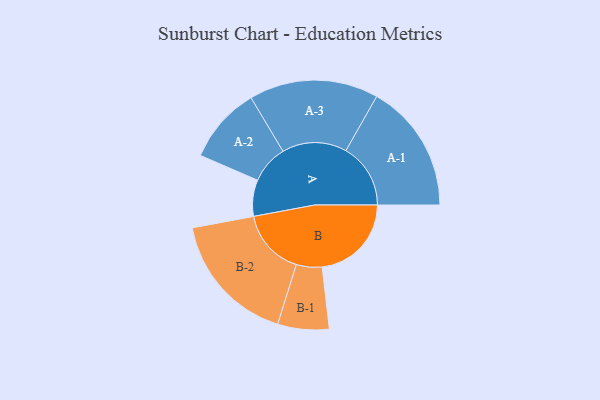
{"axis": {"x": "Segment", "y": "Value"}, "legend": ["", "A", "B"], "data": [{"x": "A", "y": 164, "type": ""}, {"x": "B", "y": 403, "type": ""}, {"x": "A-1", "y": 292, "type": "A"}, {"x": "A-2", "y": 173, "type": "A"}, {"x": "A-3", "y": 292, "type": "A"}, {"x": "B-1", "y": 116, "type": "B"}, {"x": "B-2", "y": 300, "type": "B"}]}